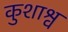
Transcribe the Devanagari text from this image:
कुशाश्व